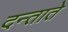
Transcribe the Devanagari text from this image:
दन्ताते